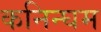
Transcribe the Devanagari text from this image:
कनिन्घम